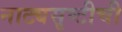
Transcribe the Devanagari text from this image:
नाट्यसृष्‍टीची